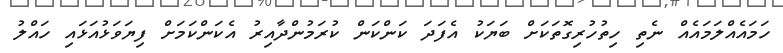
ހަމައެއްލަމައެއް ނެތި ހިތުހުރިގޮތަކަށް ބަޔަކު އެފަދަ ކަންކަން ކުރަމުންދާއިރު އެކަންކަމަށް ފިޔަވަޅުއަޅައި ހައްލު